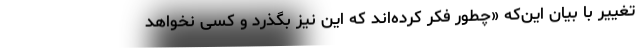
تغییر با بیان این‌که «چطور فکر کرده‌اند که این نیز بگذرد و کسی نخواهد